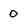
Character: 0